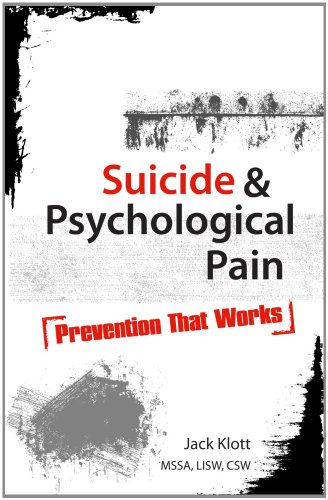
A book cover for Suicide and Psychological Pain: Prevention That Works; Jack Klott MSSA LISW CSW MINT; Self-Help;